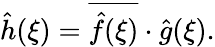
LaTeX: {\hat{h}}(\xi)={\overline{{{\hat{f}}(\xi)}}}\cdot{\hat{g}}(\xi).